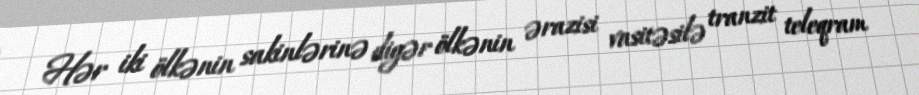
Hər iki ölkənin sakinlərinə digər ölkənin ərazisi vasitəsilə tranzit teleqram